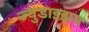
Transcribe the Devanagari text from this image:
ज्युडाइझम